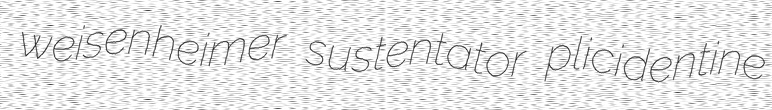
weisenheimer sustentator plicidentine